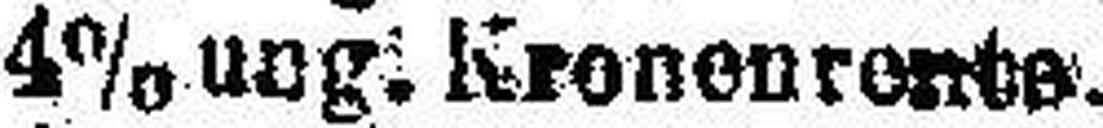
4% ung. Kronenrente.